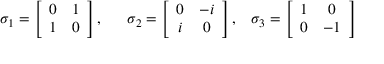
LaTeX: \sigma _ { 1 } = \left[ \begin{array} { c c } { { 0 } } & { { 1 } } \\ { { 1 } } & { { 0 } } \end{array} \right] , \; \; \ \ \ \sigma _ { 2 } = \left[ \begin{array} { c c } { { 0 } } & { { - i } } \\ { { i } } & { { 0 } } \end{array} \right] , \; \; \; \sigma _ { 3 } = \left[ \begin{array} { c c } { { 1 } } & { { 0 } } \\ { { 0 } } & { { - 1 } } \end{array} \right]